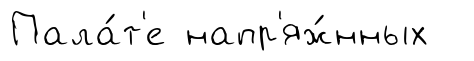
Пала́т'е напр'яж́нных